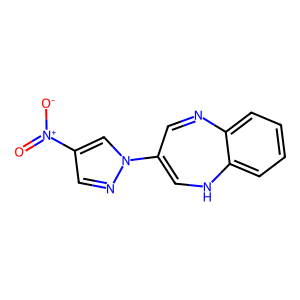
SMILES: O=[N+]([O-])c1cnn(C2=CNc3ccccc3N=C2)c1
Inhibits HIV replication: No